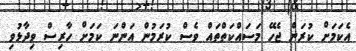
އެކަމަށް ކުރަން ޖެހޭ މަސައްކަތްތައް ވެސް ކުރަމުން އަންނަ ކަމަށް ހާރިސް ވިދާޅުވި